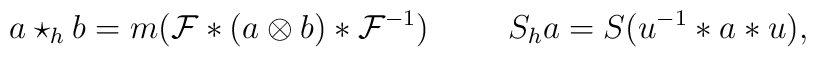
a\star _{h}b = m({\cal F}*(a \otimes b)*{\cal F}^{-1})\hskip 1cm S_{h}a = S(u^{-1}*a*u),